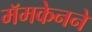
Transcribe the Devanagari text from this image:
मॅमकेनने